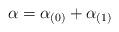
LaTeX: \begin{align*}\alpha=\alpha_{(0)}+\alpha_{(1)}\end{align*}